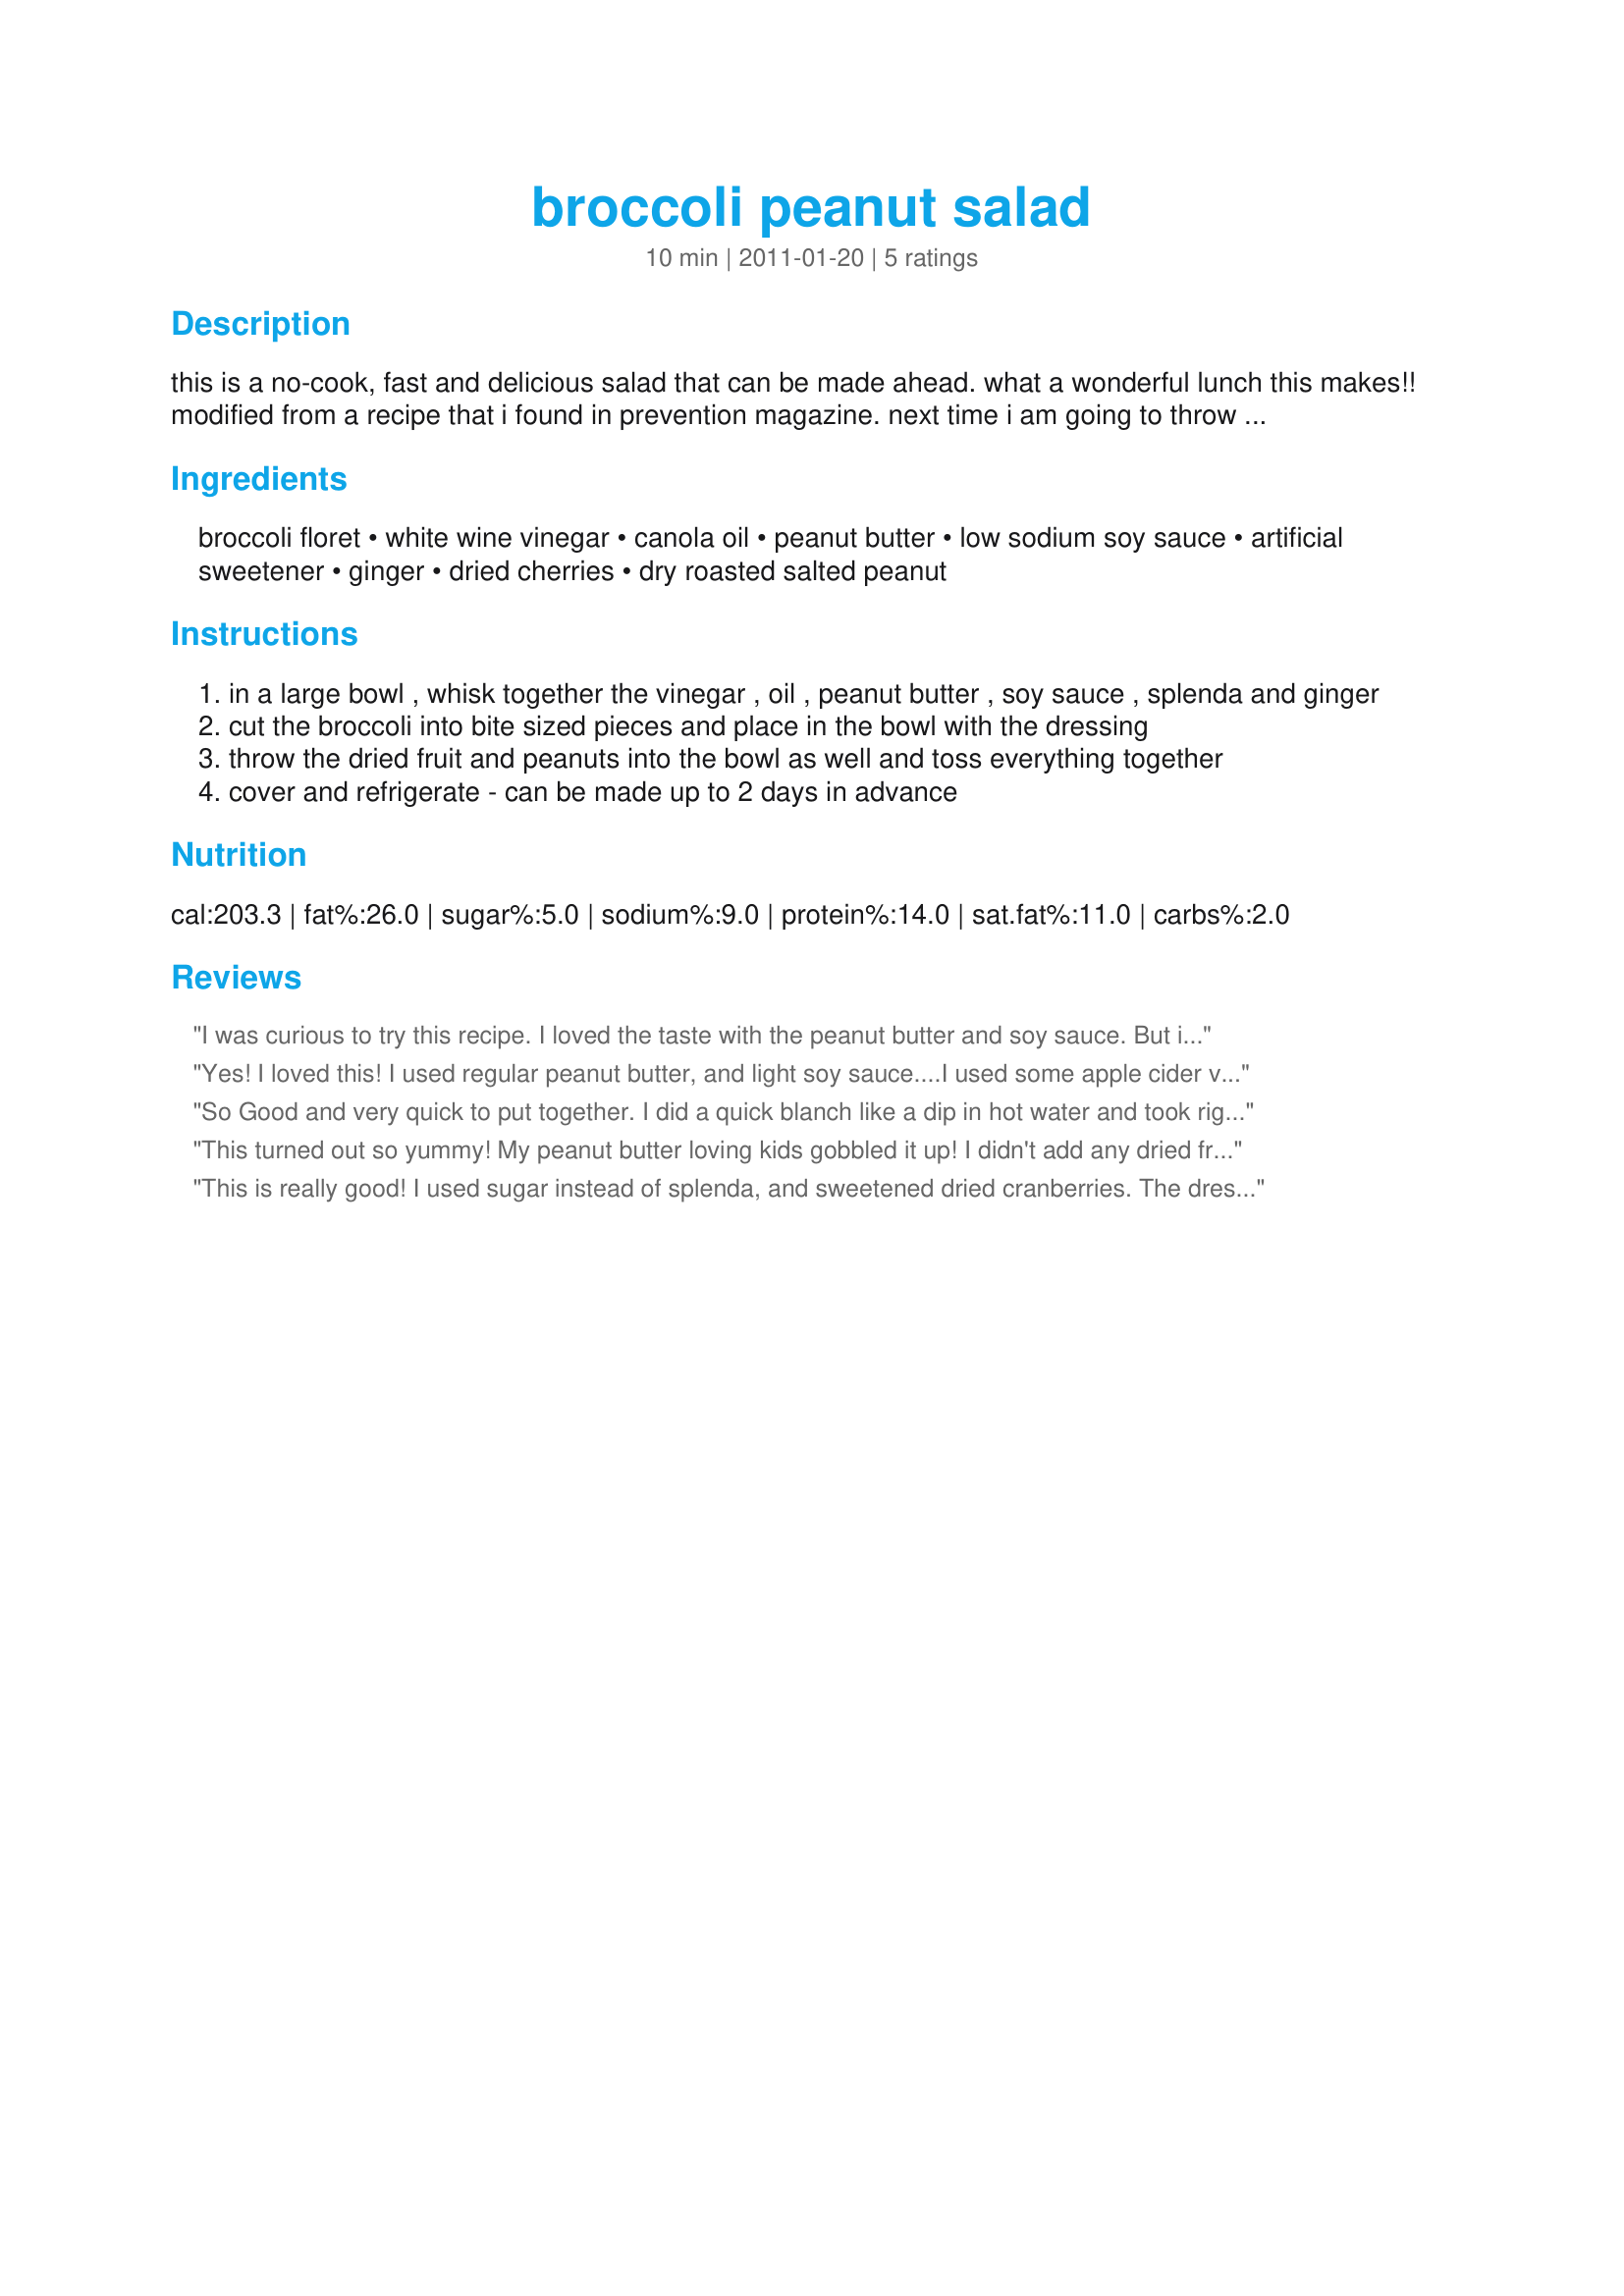
broccoli peanut salad
Preparation time: 10 minutes

this is a no-cook, fast and delicious salad that can be made ahead. what a wonderful lunch this makes!! modified from a recipe that i found in prevention magazine. next time i am going to throw in some chopped dried apricots too!

Ingredients:
broccoli floret, white wine vinegar, canola oil, peanut butter, low sodium soy sauce, artificial sweetener, ginger, dried cherries, dry roasted salted peanut

Steps:
in a large bowl , whisk together the vinegar , oil , peanut butter , soy sauce , splenda and ginger
cut the broccoli into bite sized pieces and place in the bowl with the dressing
throw the dried fruit and peanuts into the bowl as well and toss everything together
cover and refrigerate - can be made up to 2 days in advance

Reviews:
I was curious to try this recipe. I loved the taste with the peanut butter and soy sauce. But it's a bit too vinaigry for my taste. Next time I'll use less white wine vinegar. I used dried cranberries which is great with it. Thanks JanuaryBride :) Made for the Count Dracula and His Hot Bites for ZWT7
Yes! I loved this! I used regular peanut butter, and light soy sauce....I used some apple cider vinegar and had a nice taste to it. I had cranberries that I used as well, and this turned out to be a lovely surprise, and great taste-sensation. Thanks for posting such a lovely salad! Made for ZWT 7
So Good and very quick to put together. I did a quick blanch like a dip in hot water and took right out into an ice bath. Just to brighten the color. I did have to whisk the dressing ingredients which I cut by 1/3`d and skipped the sugar. The tart sweet dried cherries filled in for the sugar. I did use fresh ginger root that I minced real thin and fresh garlic that I grated right into the dressing. Thank you so much for our good eats!
This turned out so yummy! My peanut butter loving kids gobbled it up! I didn't add any dried fruit to it this time, because it tasted so fantastic as is I was a little nervous to add it. We will be having this again! Thanks! Made for Aussie/Kiwi swap April 2011.
This is really good! I used sugar instead of splenda, and sweetened dried cranberries. The dressing is just a tad too thick, but I think that's because I used 'natural' peanut butter, which is much thicker than the regular kind. The peanutty flavor is delicious, I would never have thought to combine it with broccoli, but this works very well. The cranberries add just a touch of sweet/tart in each bite as well as a nice textural contrast. This would be a great potluck dish! Made for ZWT7, Emerald City Shakers
